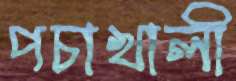
পচাখালী